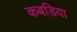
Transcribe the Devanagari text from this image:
कबडिया